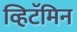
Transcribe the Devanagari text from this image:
व्हिटॅमिन